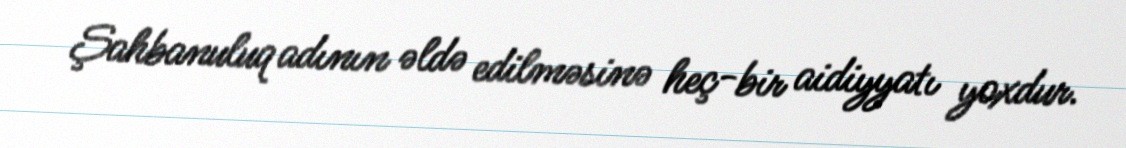
Şahbanuluq adının əldə edilməsinə heç-bir aidiyyatı yoxdur.